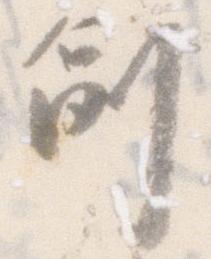
副